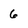
Character: 6